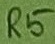
Text: R5